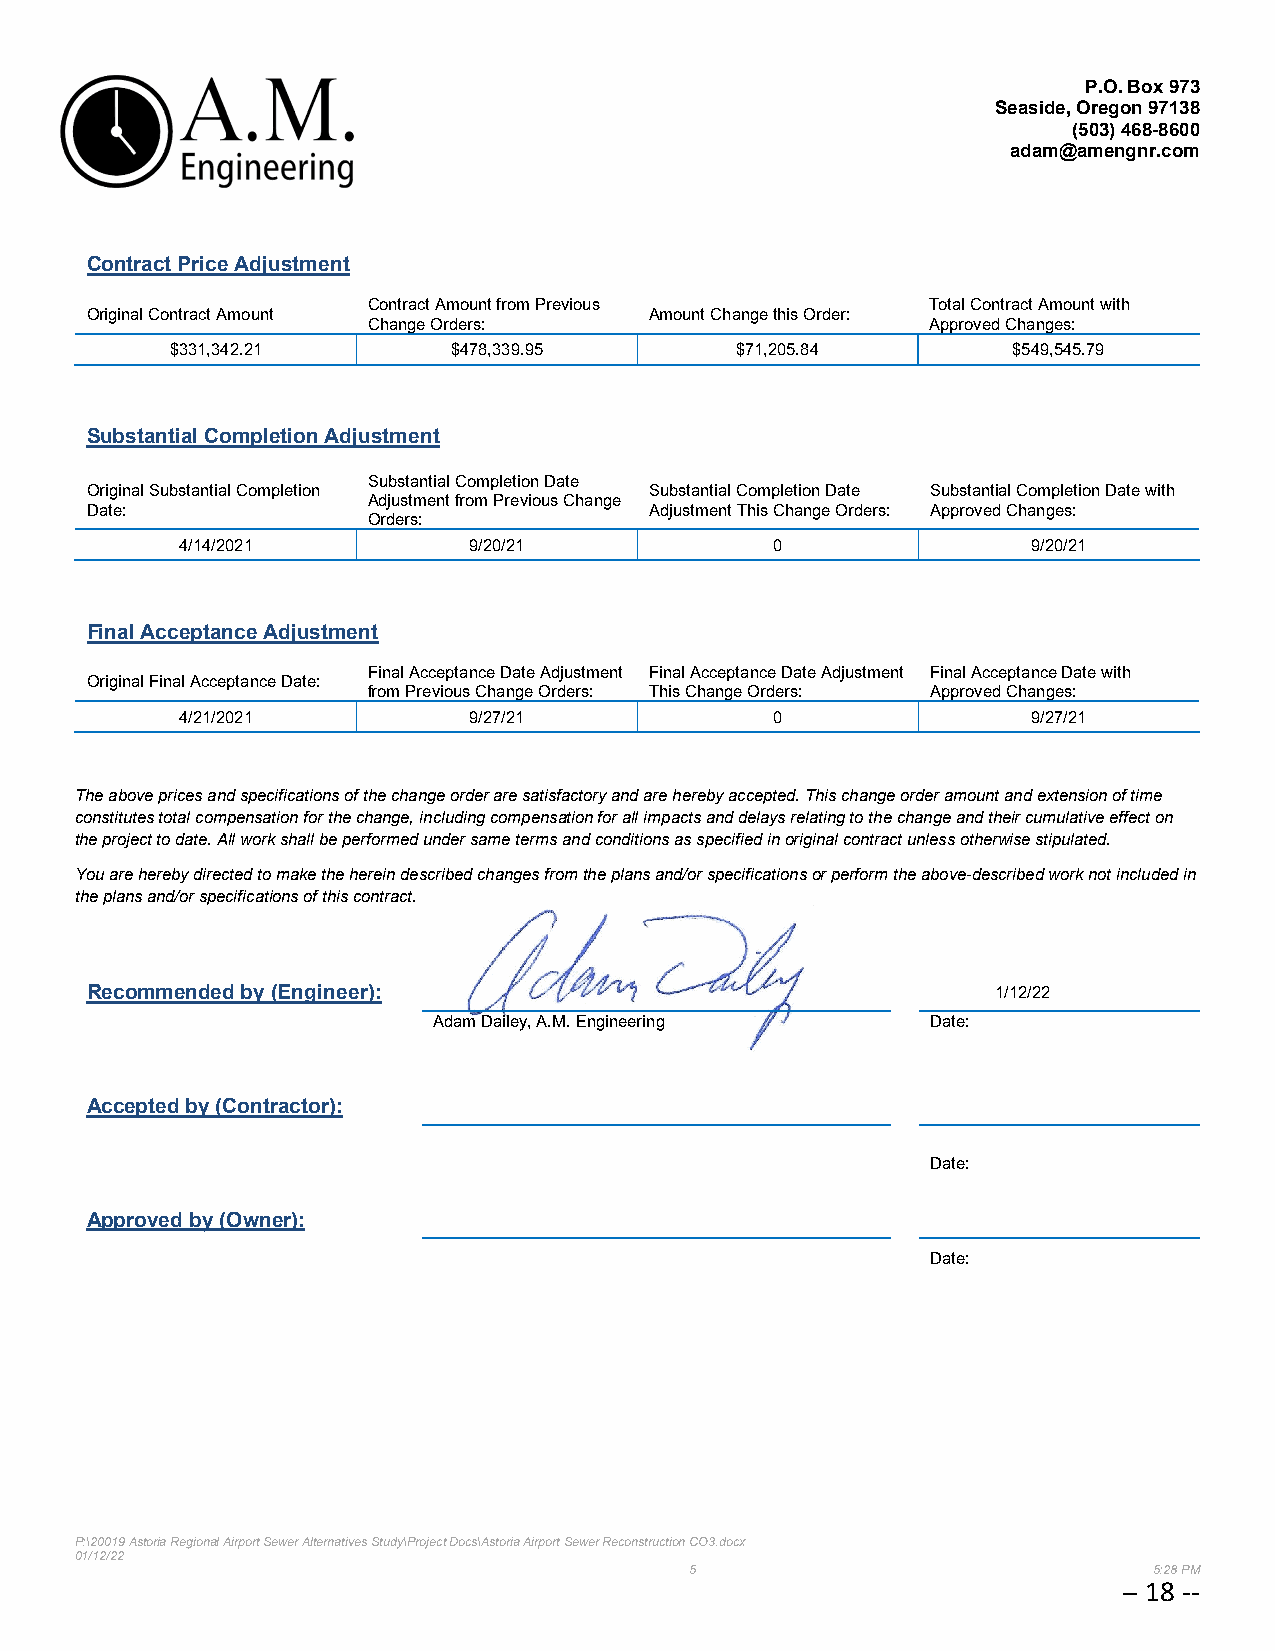
P.O. Box 973
 Seaside, Oregon 97138
 (503)468-8600
 adam@amengnr.com
 Contract Price Adjustment
 Contract Amount from Previous         Total Contract Amount with
 Original Contract Amount             Amount Change this Order:
 Change Orders:                        Approved Changes:
 $331,342.21        $478,339.95        $71,205.84        $549,545.79
 Substantial Completion Adjustment
 Substantial Completion Date
 Original Substantial Completion      Substantial Completion Date Substantial Completion Date with
 Adjustment from Previous Change
 Date:                                Adjustment This Change Orders: Approved Changes:
 Orders:
 4/14/2021          9/20/21             0                9/20/21
 Final Acceptance Adjustment
 Final Acceptance Date Adjustment Final Acceptance Date Adjustment Final Acceptance Date with
 Original Final Acceptance Date:
 from Previous Change Orders: This Change Orders: Approved Changes:
 4/21/2021          9/27/21             0                9/27/21
 The above prices and specifications of the change order are satisfactory and are hereby accepted. This change order amount and extension of time
 constitutes total compensation for the change, including compensation for all impacts and delays relating to the change and their cumulative effect on
 the project to date. All work shall be performed under same terms and conditions as specified in original contract unless otherwise stipulated.
 You are hereby directed to make the herein described changes from the plans and/or specifications or perform the above-described work not included in
 the plans and/or specifications of this contract.
 Recommended by (Engineer):                                  1/12/22
 Adam Dailey, A.M. Engineering    Date:
 Accepted by (Contractor):
 Date:
 Approved by (Owner):
 Date:
 P:\20019 Astoria Regional Airport Sewer Alternatives Study\Project Docs\Astoria Airport Sewer Reconstruction CO3.docx
 01/12/22
 5                             5:28 PM
 -- 18 --